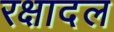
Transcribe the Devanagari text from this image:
रक्षादल